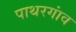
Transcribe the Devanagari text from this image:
पाथरगांव